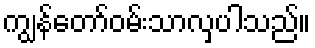
ကျွန်တော်ဝမ်းသာလှပါသည်။